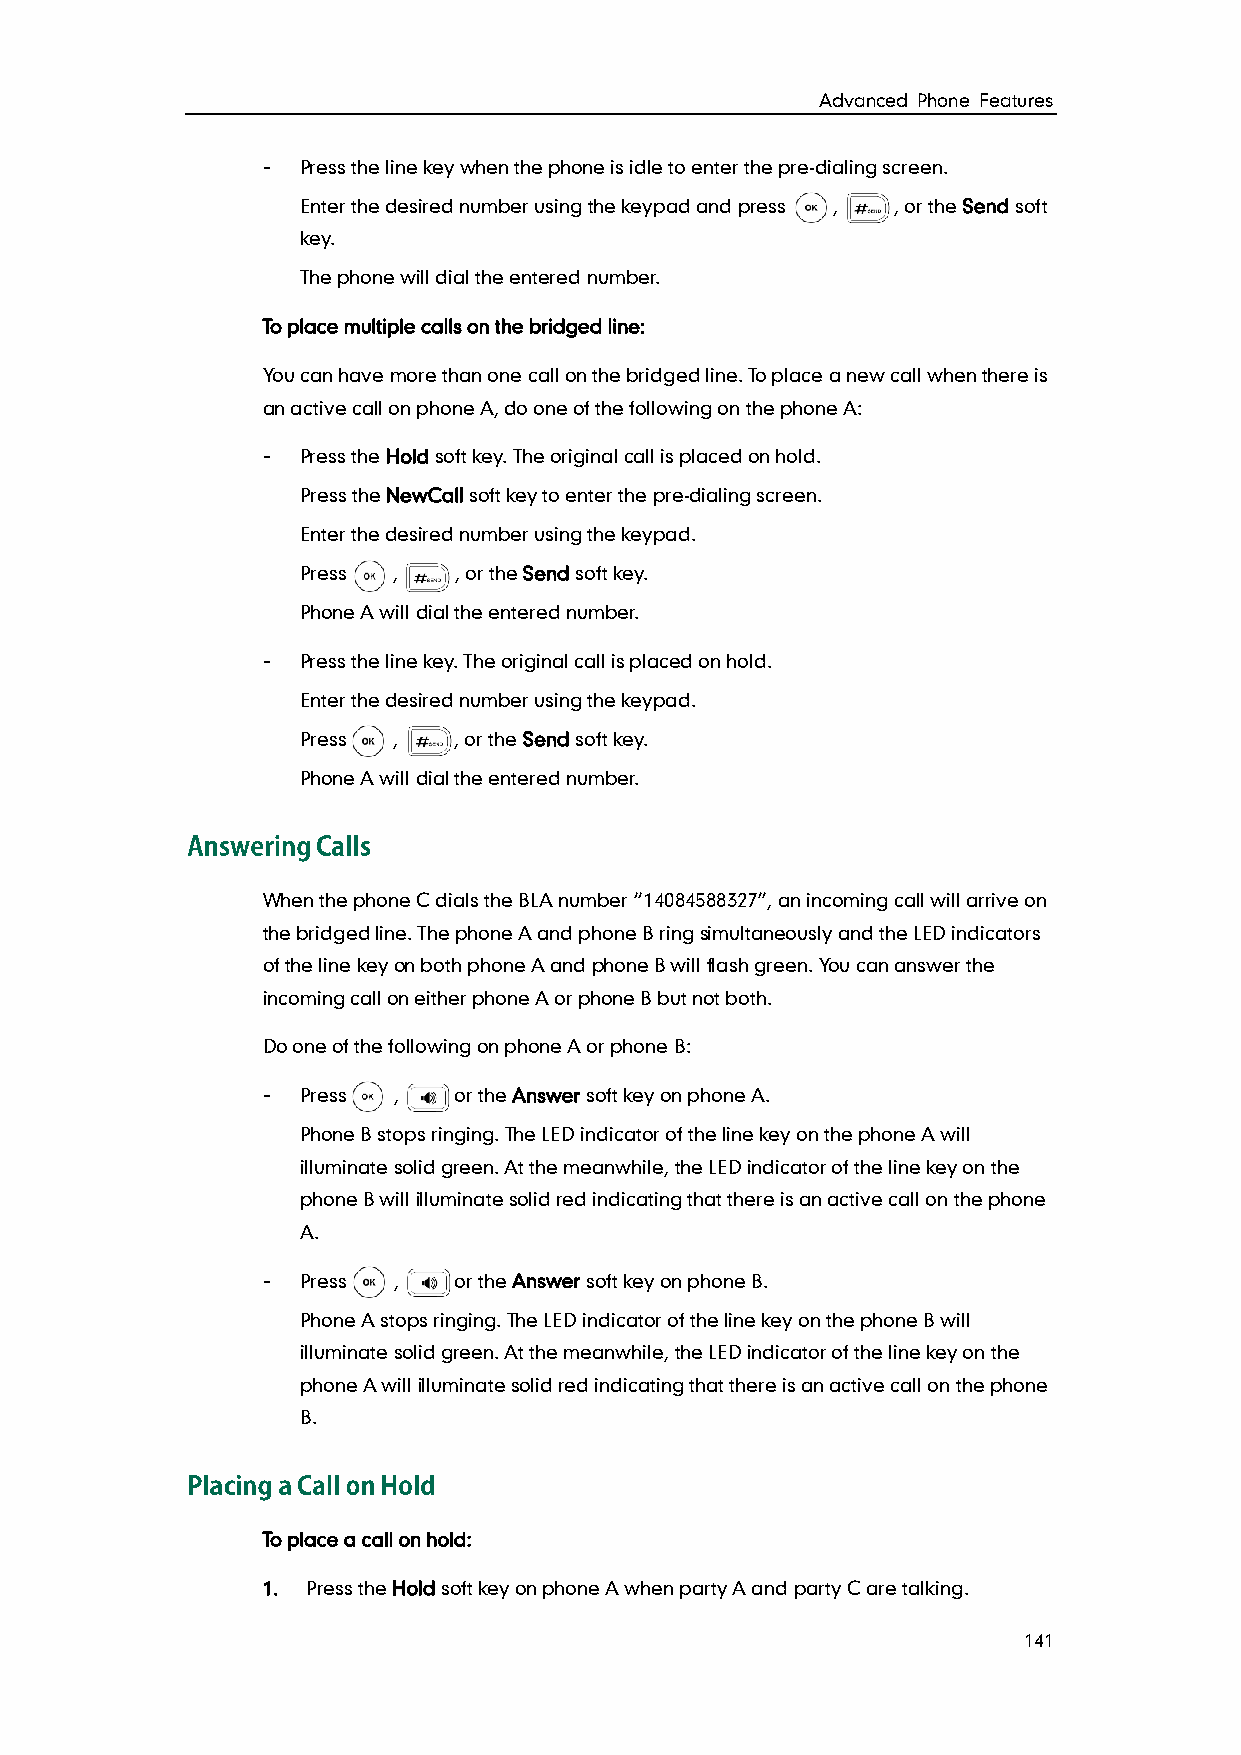
Advanced Phone Features
 -  Press the line key when the phone is idle to enter the pre-dialing screen.
 Enter the desired number using the keypad and press , , or the Send soft
 key.
 The phone will dial the entered number.
 To place multiple calls on the bridged line:
 You can have more than one call on the bridged line. To place a new call when there is
 an active call on phone A, do one of the following on the phone A:
 -  Press the Hold soft key. The original call is placed on hold.
 Press the NewCall soft key to enter the pre-dialing screen.
 Enter the desired number using the keypad.
 Press ,   , or the Send soft key.
 Phone A will dial the entered number.
 -  Press the line key. The original call is placed on hold.
 Enter the desired number using the keypad.
 Press ,   , or the Send soft key.
 Phone A will dial the entered number.
 When the phone C dials the BLA number “14084588327”, an incoming call will arrive on
 the bridged line. The phone A and phone B ring simultaneously and the LED indicators
 of the line key on both phone A and phone B will flash green. You can answer the
 incoming call on either phone A or phone B but not both.
 Do one of the following on phone A or phone B:
 -  Press ,   or the Answer soft key on phone A.
 Phone B stops ringing. The LED indicator of the line key on the phone A will
 illuminate solid green. At the meanwhile, the LED indicator of the line key on the
 phone B will illuminate solid red indicating that there is an active call on the phone
 A.
 -  Press ,   or the Answer soft key on phone B.
 Phone A stops ringing. The LED indicator of the line key on the phone B will
 illuminate solid green. At the meanwhile, the LED indicator of the line key on the
 phone A will illuminate solid red indicating that there is an active call on the phone
 B.
 To place a call on hold:
 1. Press the Hold soft key on phone A when party A and party C are talking.
 141